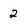
Character: 2